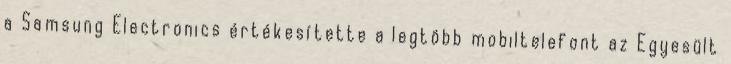
a Samsung Electronics értékesítette a legtöbb mobiltelefont az Egyesült